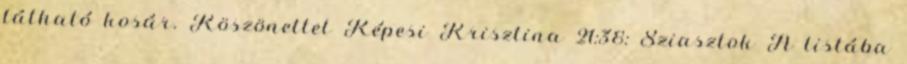
látható kosár. Köszönettel Képesi Krisztina 21:38: Sziasztok A listába